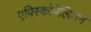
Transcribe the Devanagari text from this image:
एपिस्कोपेलियन